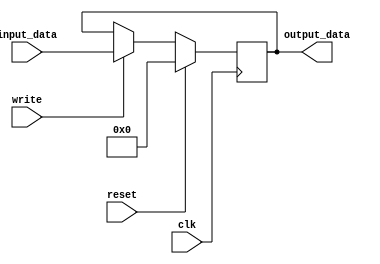
module holding_reg(output_data, input_data, write, clk, reset);
  // data size
  parameter word_size = 32;
  // inputs
  input [word_size-1:0] input_data;
  input	write, clk, reset;

  // outputs
  output [word_size-1:0] output_data;

  // Register content and output assignment
  reg [word_size-1:0] content;
  assign output_data = content;

  // update regisiter contents
  always @(posedge clk) begin
    if (reset) begin
      content <= 0;
    end
    else if (write) begin
      content <= input_data;
    end
  end
endmodule